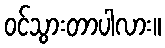
ဝင်သွားတာပါလား။